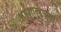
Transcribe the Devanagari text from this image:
अर्थशास्त्राचार्य